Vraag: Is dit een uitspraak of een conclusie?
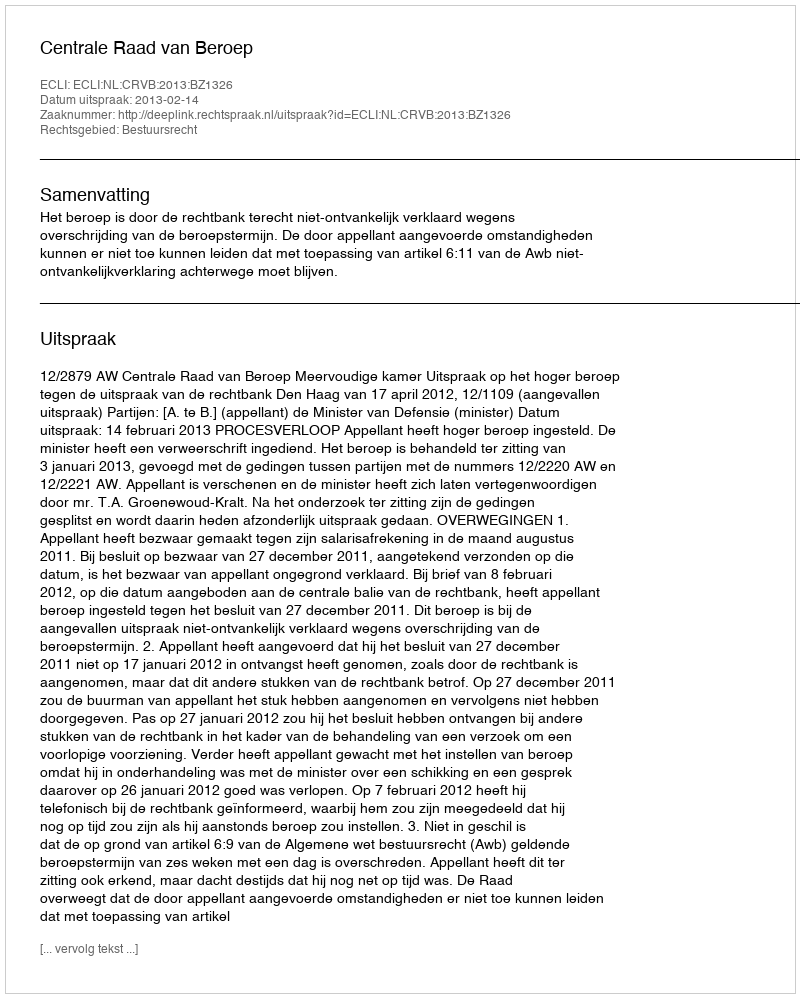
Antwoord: Uitspraak